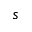
s